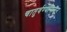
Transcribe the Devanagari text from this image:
चातुर्वर्ण्यापासून